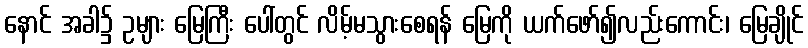
နောင် အခါ၌ ဥများ မြေကြီး ပေါ်တွင် လိမ့်မသွားစေရန် မြေကို ယက်ဖော်၍လည်းကောင်း၊ မြေချိုင်